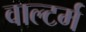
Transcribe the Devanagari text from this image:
वाल्टर्म